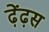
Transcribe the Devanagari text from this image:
ढ़ेंढ़स